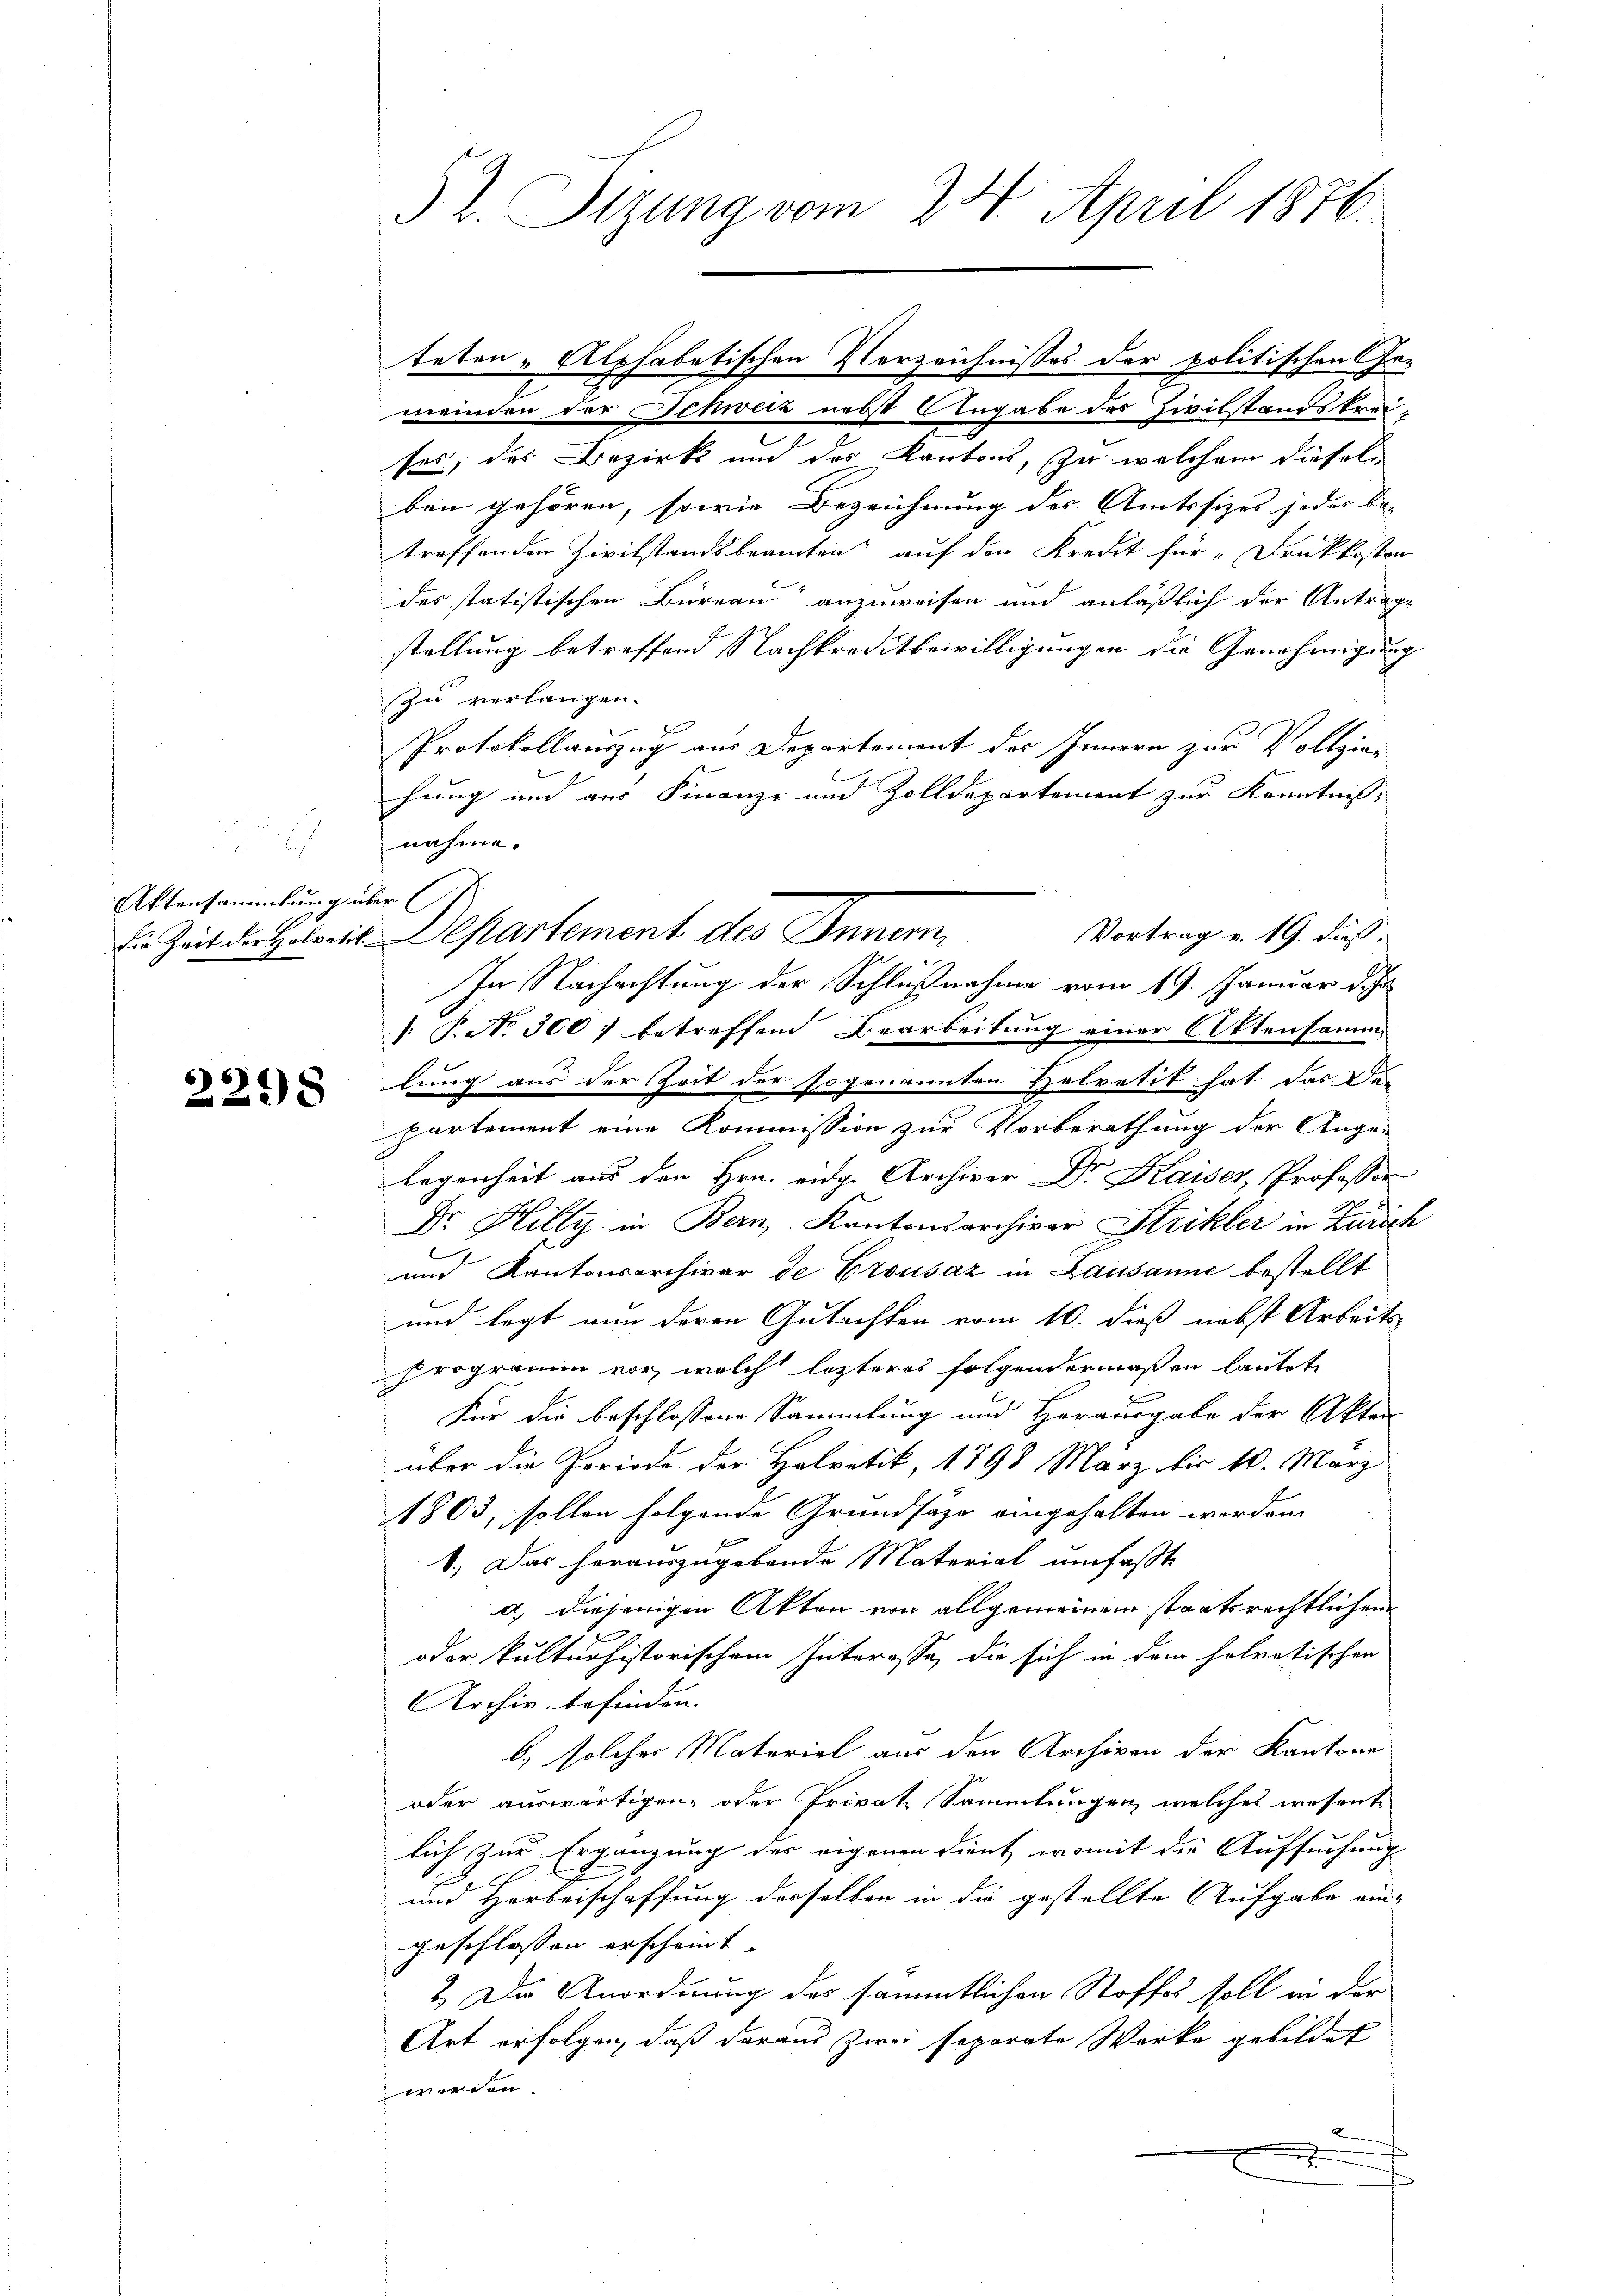
Aktensammlung über

6)6)
8

teten „Alphabetischen Verzeichnisses der politischen Ge-
meinden der Schweiz nebst Angabe des Zivilstandskreises, des Bezirk und des Kantons, zu welchem diesel
ben gehören, sowie Bezeichnung des Amtssizes jeder Be-
treffenden Zivilstandsbeamten auf den Kredit für Druckkosten
des statistischen Büreau anzuweisen und anläßlich der Antrage
stellung betreffend Nachkreditbewilligungen die Genehmigung
Zu verlangen.
Protokollauszug aus Departement des Innern zur Vollziex
hung und aus Finanze und Zolldepartement zur Kenntnis.
nahme.
Vortrag v. 19. Fuß.
die Zeit der Holzeit Departement des Innern
In Nachachtung der Schlußnahme vom 19. Januar d.J.
 P. No 300 betreffend Bearbeitung einer Aktensamm
lung aus der Zeit der sogenannten Helvetit hat das Departement eine Kommission zur Vorberathung der Ange-
legenheit aus den Hrn. eidg. Archivar Dr. Kaiser, Professor
Dr. Hilty in Bern, Kantonsarchivar Strikler in Zürich
und Kantonsarchivar de Crousaz in Lausanne bestellt
und legt von deren Gutachten vom 10. dieß nebst Arbeit
Programm vor, welch letzteres folgendermaßen lautete
Für die beschlossene Sammlung und Herausgabe der Akten
über die Periode der Helvetik, 1798 März bis 10. März
1803, sollen folgende Grundsätze eingehalten werden.
1.) Das herauszugebende Material umfaßte
a) diejenigen Akten von allgemeinem staatsrechtlichem
oder kulturhistorischem Interesse, die sich in dem helvetischen
Archiv befinden.
b) solcher Material aus den Archiven der Kantone
oder auswärtigen, oder Private Sammlungen, welches wesent
lich zur Ergänzung des eigenen dient, womit die Aufsuchung
und Herbeischaffung desselben in die gestellte Aufgabe ein-
geschlossen erscheint. |
& Die Anordnung des sämmtlichen Stoffes soll in der
Art erfolgen, daß daraus zwei separate Werke gebildet
werden.
.

52. Sizung vom 24. April 1876.